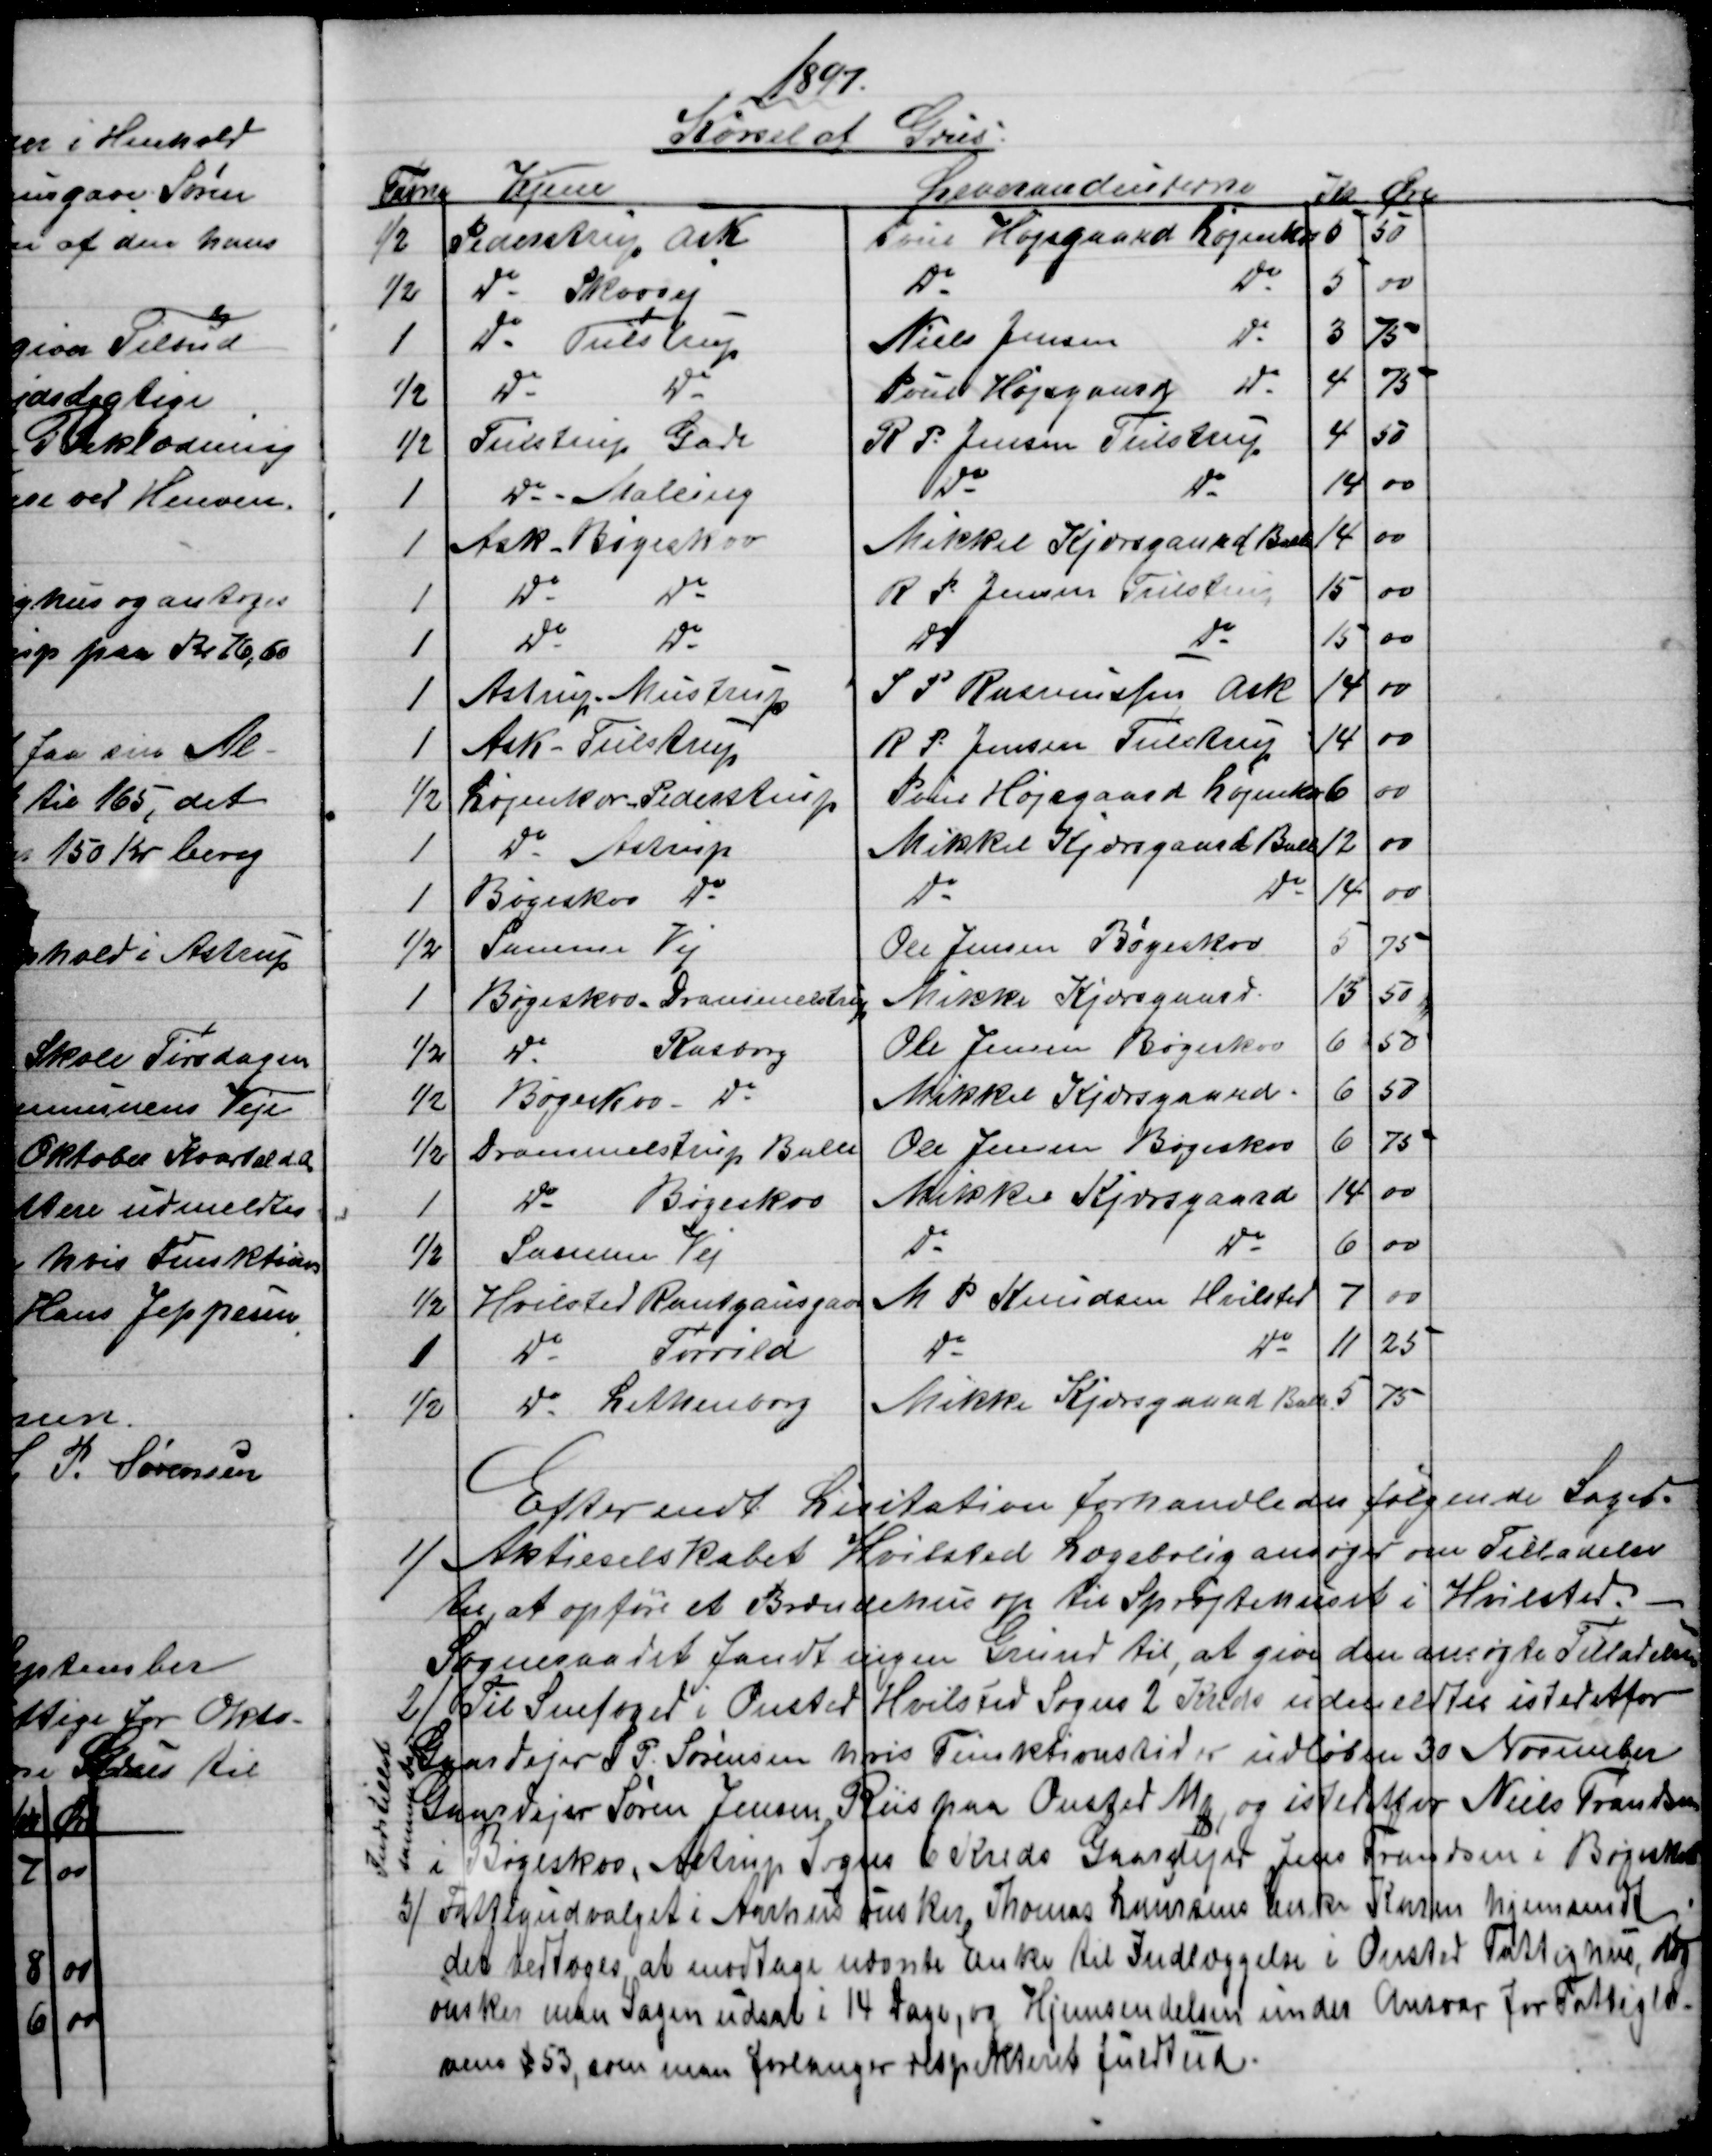
Transskription:
1897.
Kørsel af Grus
Favne 
Vejene
Leverandeurerne
Kr
Øre
½
Pederstrup Ask
Poul Højsgaard Løjenkær 
5
50
½
Do Skovvej
Do
Do
5
00
1
Do - Tulstrup
Niels Jensen
Do
3
75
½
Do
Do
Poul Højsgaard
Do
4
75
½
Tulstrup Gade
R. P. Jensen Tulstrup
4
50
1
Do - Malling
Do
Do
14
00
1
Ask - Bøgeskov
Mikkel Kjærsgaard Balle
14
00
1
Do
Do
R P. Jensen Tulstrup
15
00
1
Do
Do
Do
Do
15
00
1
Astrup Mustrup
S P Rasmussen Ask
14
00
1
Ask - Tulstrup
R P. Jensen Tulstrup
14
00
½
Løjenkær - Pederstrup
Poul Højsgaard Løjenkær
6
00
1
Do - Astrup
Mikkel Kjærsgaard Balle
12
00
1
Bøgeskov Do
Do
Do
14
00
½
Samme Vej
Ole Jensen Bøgeskov
5
75
1
Bøgeskov-Drammelstrup
Mikke Kjærsgaard
13
50
½ 
Do
Rasborg
Ole Jensen Bøgeskov
6
50
½
Bøgeskov - Do
Mikkel Kjærsgaard.
6
50
½
Drammelstrup Balle
Ole Jensen Bøgeskov
6
75
1
Do
Bøgeskov
Mikkel Kjærsgaard
14
00
½
Samme Vej
Do
Do
6
00
½
Hvilsted Rantzausgave
M P. Knudsen Hvilsted
7
00
1
Do
Torrild
Do
Do
11
25
½
Do Lethenborg
Mikkel Kjærsgaard Balle
5
75
Efter endt Licitation forhandledes følgende Sager.
1)
Aktieselskabet Hvilsted Lægebolig ansøger om Tilladelse
til at opføre et Brændehus op til Sprøjtehuset i Hvilsted.
Sogneraadet fandt ingen Grund til, at give den ansøgte Tilladelse.
2)
Til Snefoged i Onsted Hvilsted Sogns 2 Kreds udmeldtes istedetfor
Gaardejer S. P. Sørensen hvis Funktionstid er udløben 30 November
Gaardejer Søren Jensen Riis paa Ousted Mk, og istedetfor Niels Frandsen
i Bøgeskov, Astrup Sogns 6 Kreds Gaardejer Jens Frandsen i Bøgeskov
Indstillet
samme Dag
3)
Fattigudvalget i Aarhus ønsker, Thomas Laursens Enke Karen hjemsendt
det vedtoges at modtage nævnte Enke til Indlæggelse i Onsted Fattighus, dog
ønsker man Sagen udsat i 14 Dage, og Hjemsendelsen under Ansvar for Fattiglo-
vens § 53, som man forlanger respekteret fuldtud.